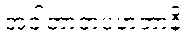
အဝါတာတပဟတာနိ